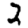
Digit: 2